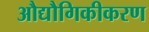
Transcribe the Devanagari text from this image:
औद्यौगिकीकरण